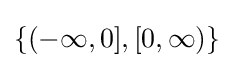
\{(-\infty ,0],[0,\infty )\}